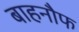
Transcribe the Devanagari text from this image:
बाहनौफ